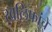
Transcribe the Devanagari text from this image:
खलिफांचे